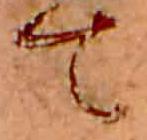
て